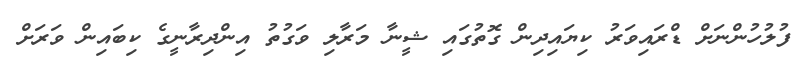
ފުލުހުންނަށް ޑްރައިވަރު ކިޔައިދިން ގޮތުގައި ޝީނާ މަރާލި ވަގުތު އިންދިރާނީގެ ކިބައިން ވަރަށް